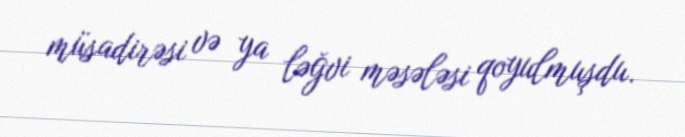
müsadirəsi və ya ləğvi məsələsi qoyulmuşdu.